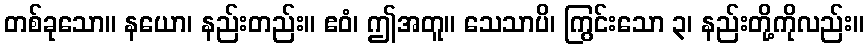
တစ်ခုသော။ နယော၊ နည်းတည်း။ ဧဝံ၊ ဤအတူ။ သေသာပိ၊ ကြွင်းသော ၃၊ နည်းတို့ကိုလည်း။